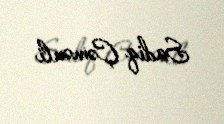
Sadiq Çəmənli